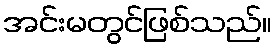
အင်းမတွင်ဖြစ်သည်။